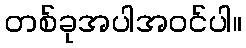
တစ်ခုအပါအဝင်ပါ။